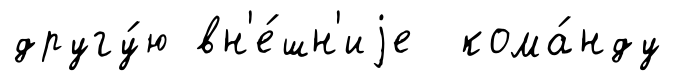
другу́ю вн'е́шн'иjе кома́нду